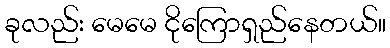
ခုလည်း မေမေ ငိုကြောရှည်နေတယ်။